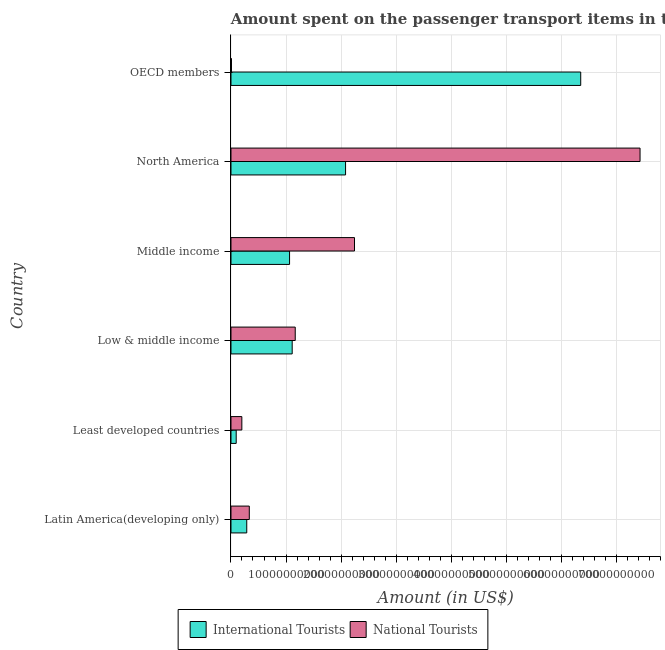
| Country | International Tourists | National Tourists |
 | --- | --- | --- |
 | Latin America(developing only) | 2.87e+09 | 3.33e+09 |
 | Least developed countries | 9.5e+08 | 1.97e+09 |
 | Low & middle income | 1.11e+10 | 1.17e+10 |
 | Middle income | 1.06e+10 | 2.24e+10 |
 | North America | 2.08e+10 | 7.43e+10 |
 | OECD members | 6.35e+10 | 8.96e+07 |